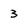
Character: 3